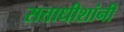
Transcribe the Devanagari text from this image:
सत्ताधीशांनी